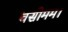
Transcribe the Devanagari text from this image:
वसोमम।